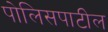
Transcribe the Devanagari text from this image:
पोलिसपाटील